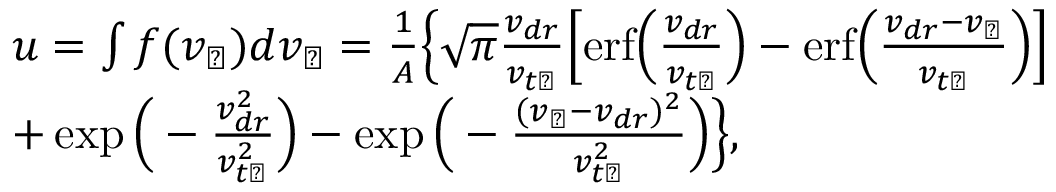
\begin{array} { r l } & { u = \int f ( v _ { \perp } ) d v _ { \perp } = \frac { 1 } { A } \Big \{ \sqrt { \pi } \frac { v _ { d r } } { v _ { t \perp } } \Big [ \mathrm { e r f } \Big ( \frac { v _ { d r } } { v _ { t \perp } } \Big ) - \mathrm { e r f } \Big ( \frac { v _ { d r } - v _ { \perp } } { v _ { t \perp } } \Big ) \Big ] } \\ & { + \exp \Big ( - \frac { v _ { d r } ^ { 2 } } { v _ { t \perp } ^ { 2 } } \Big ) - \exp \Big ( - \frac { ( v _ { \perp } - v _ { d r } ) ^ { 2 } } { v _ { t \perp } ^ { 2 } } \Big ) \Big \} , } \end{array}